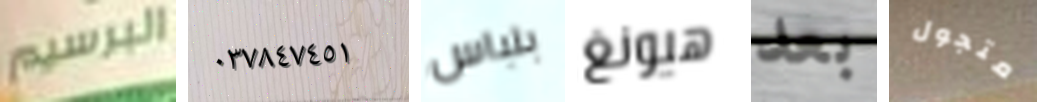
البرسيم ٠٣٧٨٤٧٤٥١ بلباس هيونغ بعد متجول